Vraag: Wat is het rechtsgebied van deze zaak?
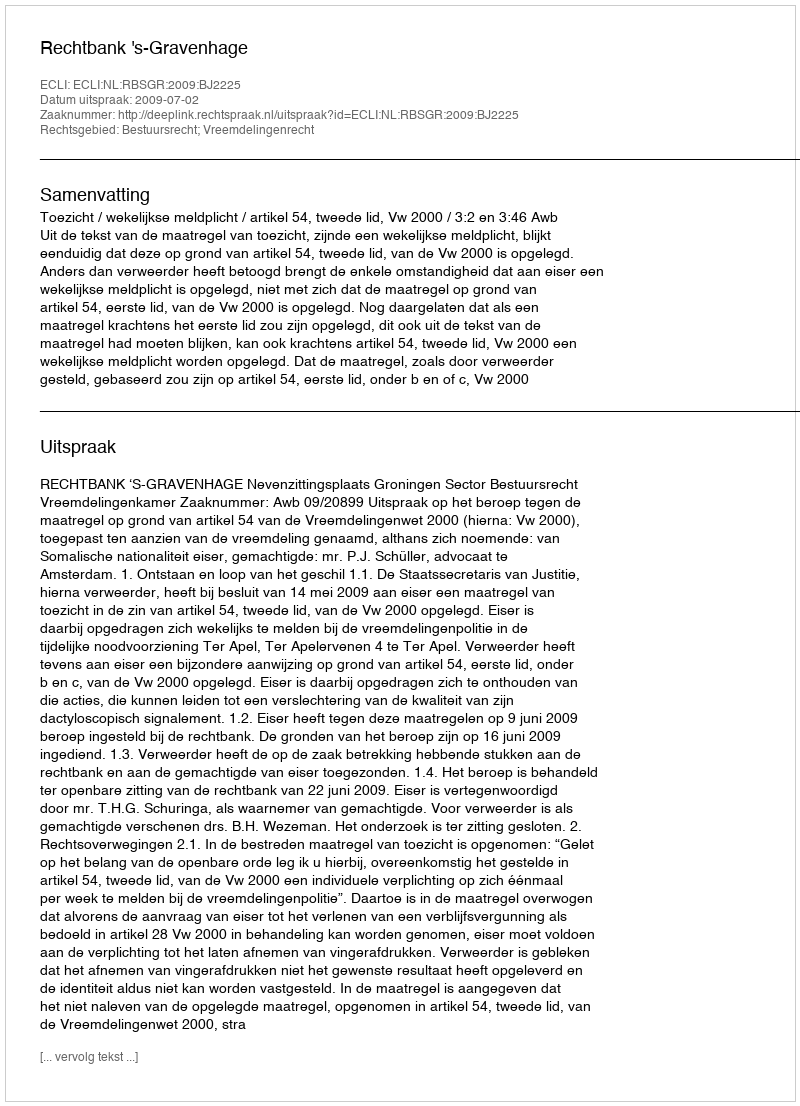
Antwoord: Bestuursrecht; Vreemdelingenrecht